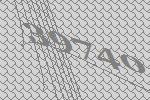
39740